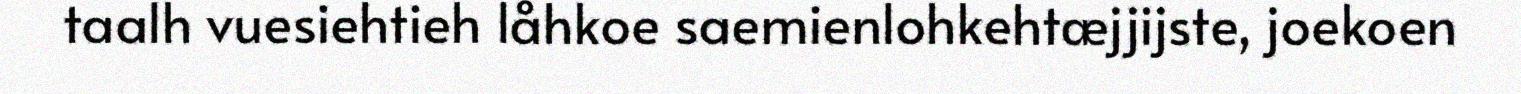
taalh vuesiehtieh låhkoe saemienlohkehtæjjijste, joekoen